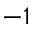
- 1